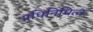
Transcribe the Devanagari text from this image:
प्रधिनिधित्व